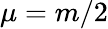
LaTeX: \mu=m/2